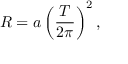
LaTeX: R = a \left( { \frac { T } { 2 \pi } } \right) ^ { 2 } ,